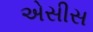
એસીસ